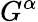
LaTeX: G^{\alpha}